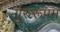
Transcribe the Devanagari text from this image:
गुरुरूपम